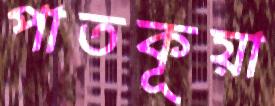
পাতকূয়া